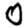
Digit: 0